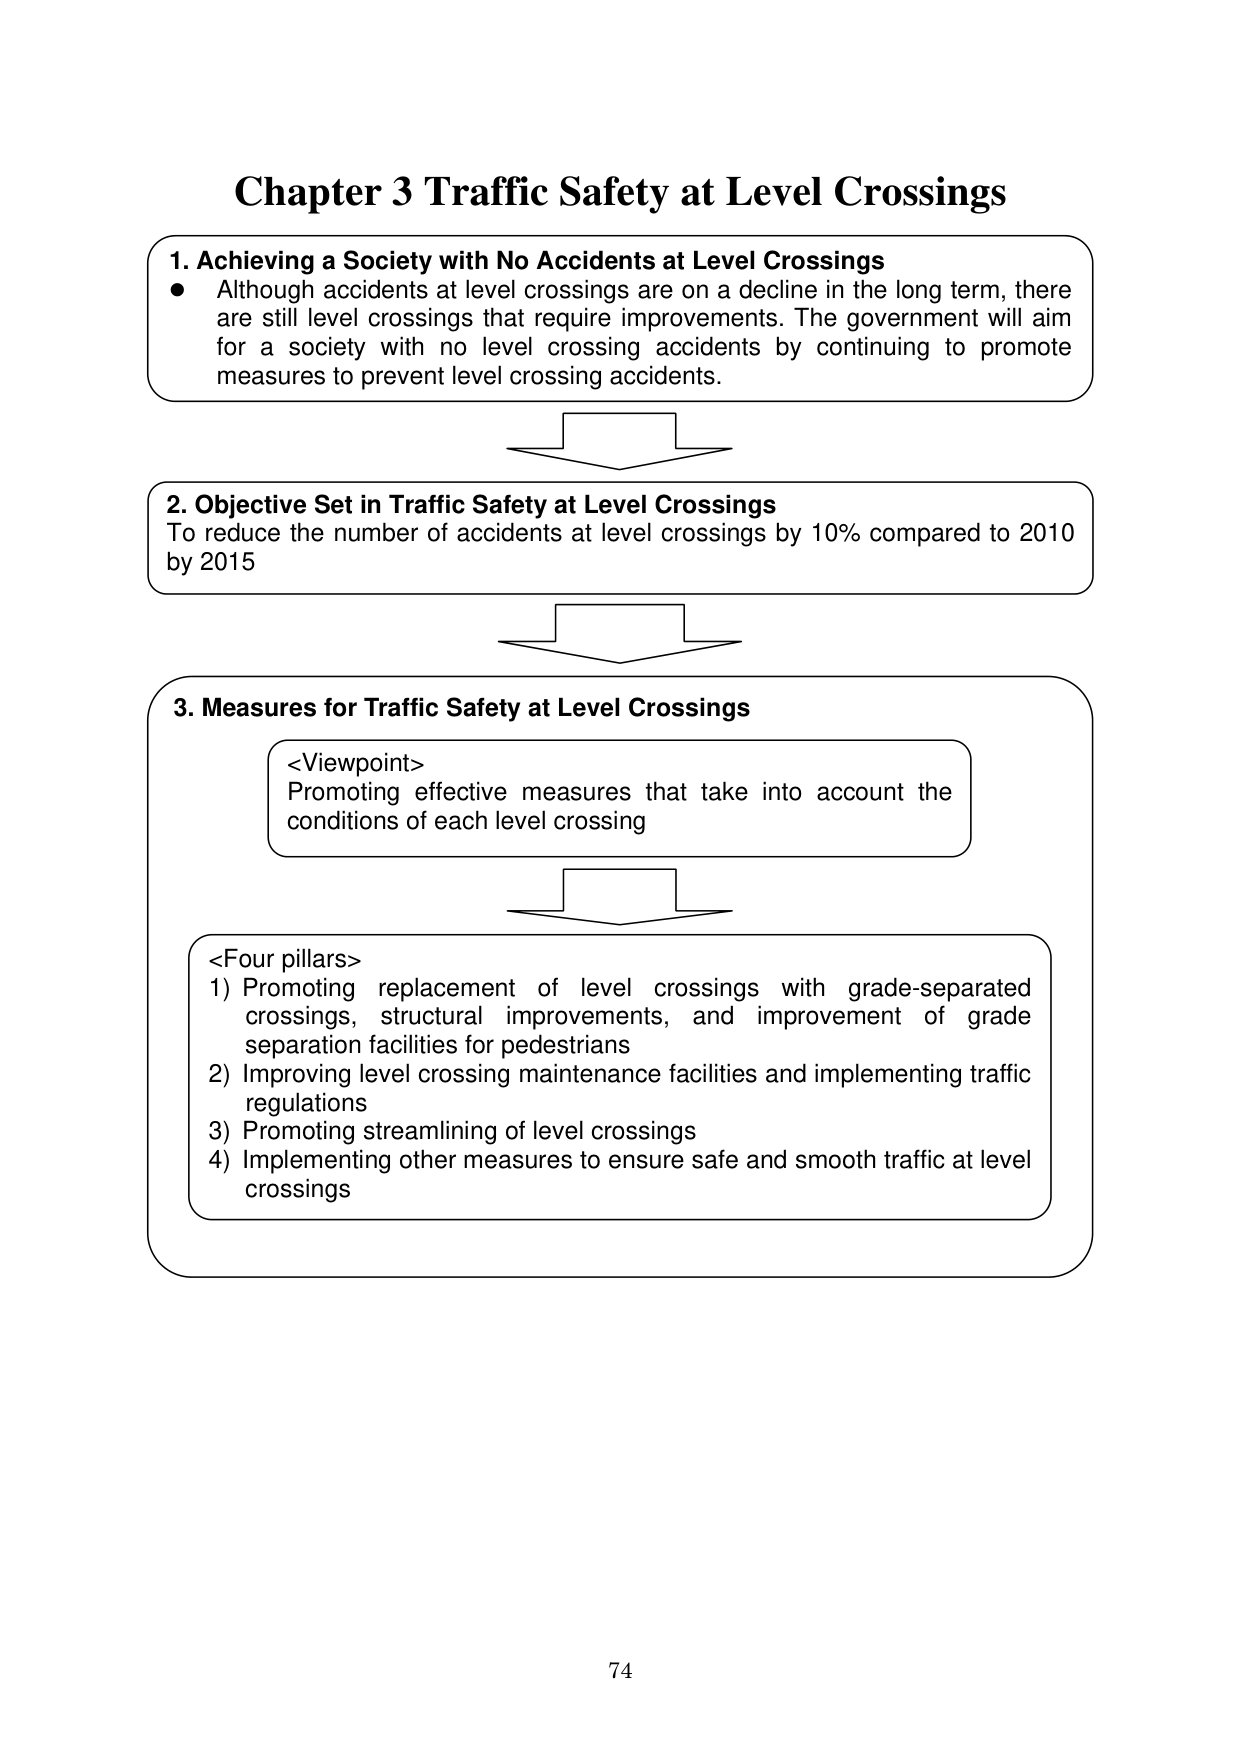
Chapter 3 Traffic Safety at Level Crossings

1. Achieving a Society with No Accidents at Level Crossings
• Although accidents at level crossings are on a decline in the long term, there are still level crossings that require improvements. The government will aim for a society with no level crossing accidents by continuing to promote measures to prevent level crossing accidents.

2. Objective Set in Traffic Safety at Level Crossings
To reduce the number of accidents at level crossings by 10% compared to 2010 by 2015

3. Measures for Traffic Safety at Level Crossings
<Viewpoint>
Promoting effective measures that take into account the conditions of each level crossing

<Four pillars>
1) Promoting replacement of level crossings with grade-separated crossings, structural improvements, and improvement of grade separation facilities for pedestrians
2) Improving level crossing maintenance facilities and implementing traffic regulations
3) Promoting streamlining of level crossings
4) Implementing other measures to ensure safe and smooth traffic at level crossings

74